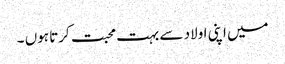
میں اپنی اولاد سے بہت محبت کرتا ہوں ۔